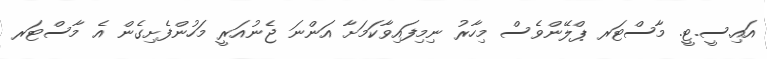
އައި.ސީ.ޓީ. މާސްޓަރ ޕްލޭންވެސް މިހާރު ނިމިފައިވާކަމަށާ އަންނަ ޖެނުއަރީ މަހުންފެށިގެން އެ މާސްޓަރ